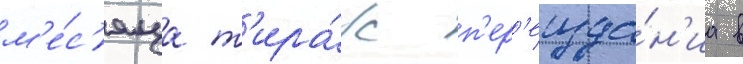
м'е́с'яца т'ира́ж п'ер'еизда́н'иа в